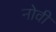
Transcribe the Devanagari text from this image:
नोवीं